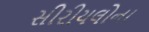
સીરીયલોના